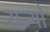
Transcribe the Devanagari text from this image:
राज्योंं